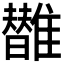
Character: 𩁀